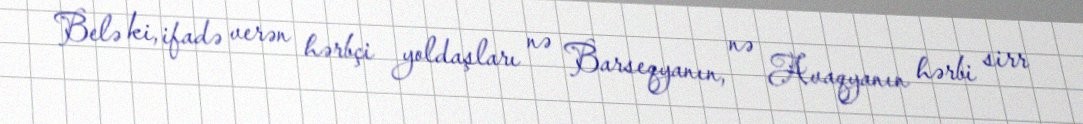
Belə ki, ifadə verən hərbçi yoldaşları nə Barseqyanın, nə Avaqyanın hərbi sirr